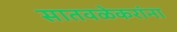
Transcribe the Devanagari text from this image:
सातवळेकरांना